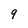
Character: 9